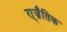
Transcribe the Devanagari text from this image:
रा्ज्नैतिक